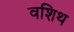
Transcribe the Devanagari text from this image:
वशिथ